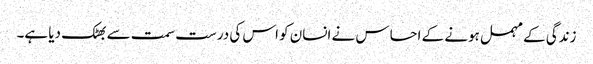
زندگی کے مہمل ہونے کے احساس نے انسان کو اس کی درست سمت سے بھٹک دیا ہے۔